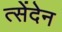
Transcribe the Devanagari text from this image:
त्सेंदेन